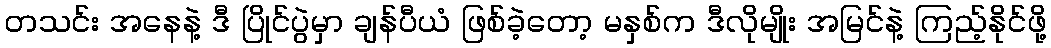
တသင်း အနေနဲ့ ဒီ ပြိုင်ပွဲမှာ ချန်ပီယံ ဖြစ်ခဲ့တော့ မနှစ်က ဒီလိုမျိုး အမြင်နဲ့ ကြည့်နိုင်ဖို့